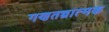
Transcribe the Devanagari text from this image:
गणतन्त्रात्मक